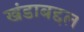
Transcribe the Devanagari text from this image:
खंडाबद्दल